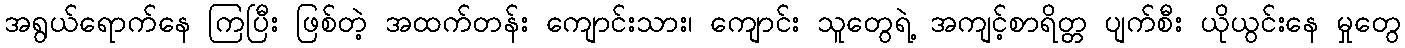
အရွယ်ရောက်နေ ကြပြီး ဖြစ်တဲ့ အထက်တန်း ကျောင်းသား၊ ကျောင်း သူတွေရဲ့ အကျင့်စာရိတ္တ ပျက်စီး ယိုယွင်းနေ မှုတွေ